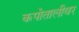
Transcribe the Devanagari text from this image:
कपोतालीवर